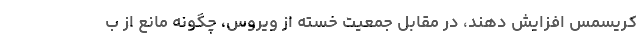
کریسمس افزایش دهند، در مقابل جمعیت خسته از ویروس، چگونه مانع از ب